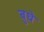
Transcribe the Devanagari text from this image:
बुधे